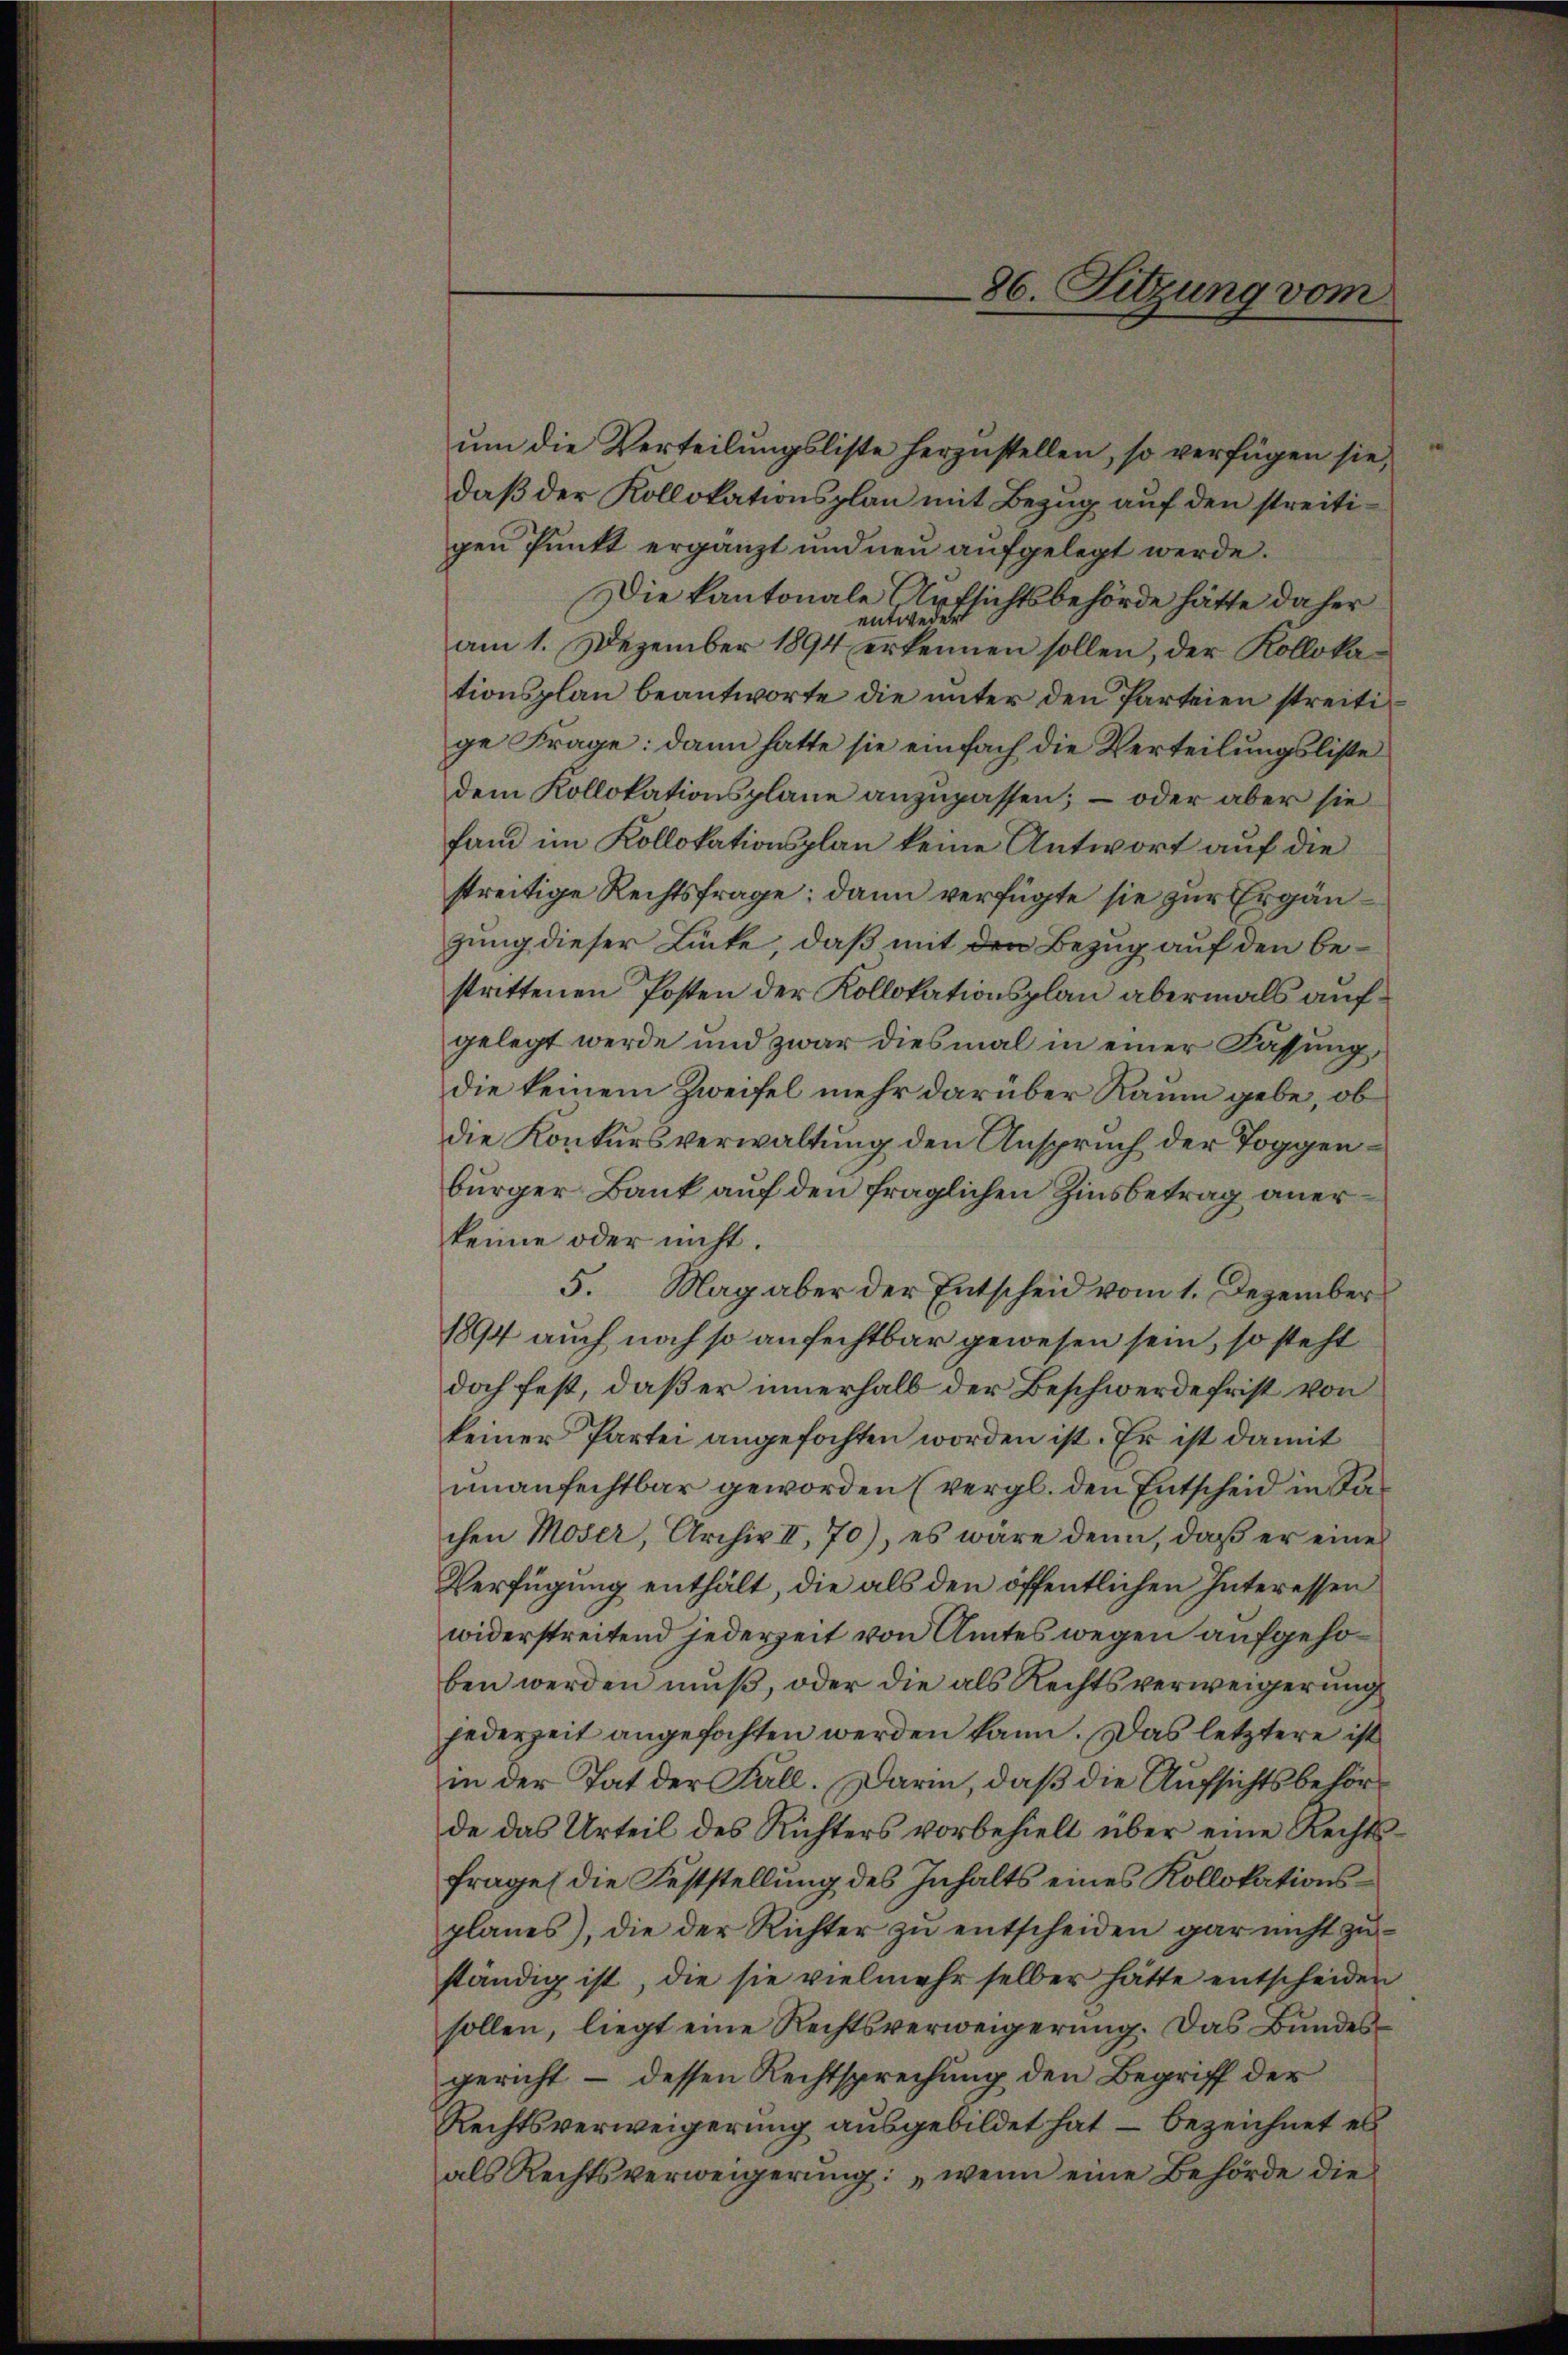
um die Verteilungsliste herzustellen, so verfügen sie,
daß der Kollokationsplan mit Bezug auf den streitigen Punkt ergänzt und neu aufgelegt werde.
Die kantonale Aufsichtsbehörde hätte daher
entweder
am 1. Dezember 1894 erkennen sollen, der Kollokationsplan beantworte die unter den Parteien streiti
ge Frage: dann hatte sie einfach die Verteilungsliste
dem Kollokationsplane anzupassen; – oder aber sie
fand im Kollokationsplan keine Antwort auf die
streitige Rechtsfrage; dann verfügte sie zur Ergängung dieser Lücke, daß mit den Bezug auf den bestrittenen Posten der Kollokationsplan abermals aufgelegt werde und zwar diesmal in einer Fassung,
die keinem Zweifel mehr darüber Raum gebe, ob
die Konkursverwaltung den Anspruch der Toggenbürger Bank auf den fraglichen Zinsbetrag anerkeine oder nicht.
5. Mag aber der Entscheid vom 1. Dezember
1894 auch noch so anfechtbar gewesen sein, so steht
doch fest, daß er innerhalb der Beschwerde frist von
keiner Partei angefochten worden ist. Er ist damit
unanfechtbar geworden (vergl. den Entscheid in Sachen Moser, Archiv II, 70), es wäre denn, daß er eine
Verfügung enthält, die als den öffentlichen Interessen
widerstreitend jederzeit von Amtes wegen aufgehoben werden muß, oder die als Rechtsverweigerung
jederzeit angefochten werden kann. Das letztere ist
in der Tat der Fall. Darin, daß die Aufsichtsbehörde das Urteil des Richters vorbehielt über eine Rechtsfrage (die Feststellung des Inhalts eines Kollokationsplanes), die der Richter zŭ entscheiden gar nicht zŭ-
ständig ist, die sie vielmehr selber hätte entscheiden
sollen, liegt eine Rechtsverweigerŭng. Das Bŭndes
gericht – dessen Rechtsprechung den Begriff der
Rechtsverweigerung ausgebildet hat, – bezeichnet es
als Rechtsverweigerŭng: „wenn eine Behörde die

86. Sitzung vom